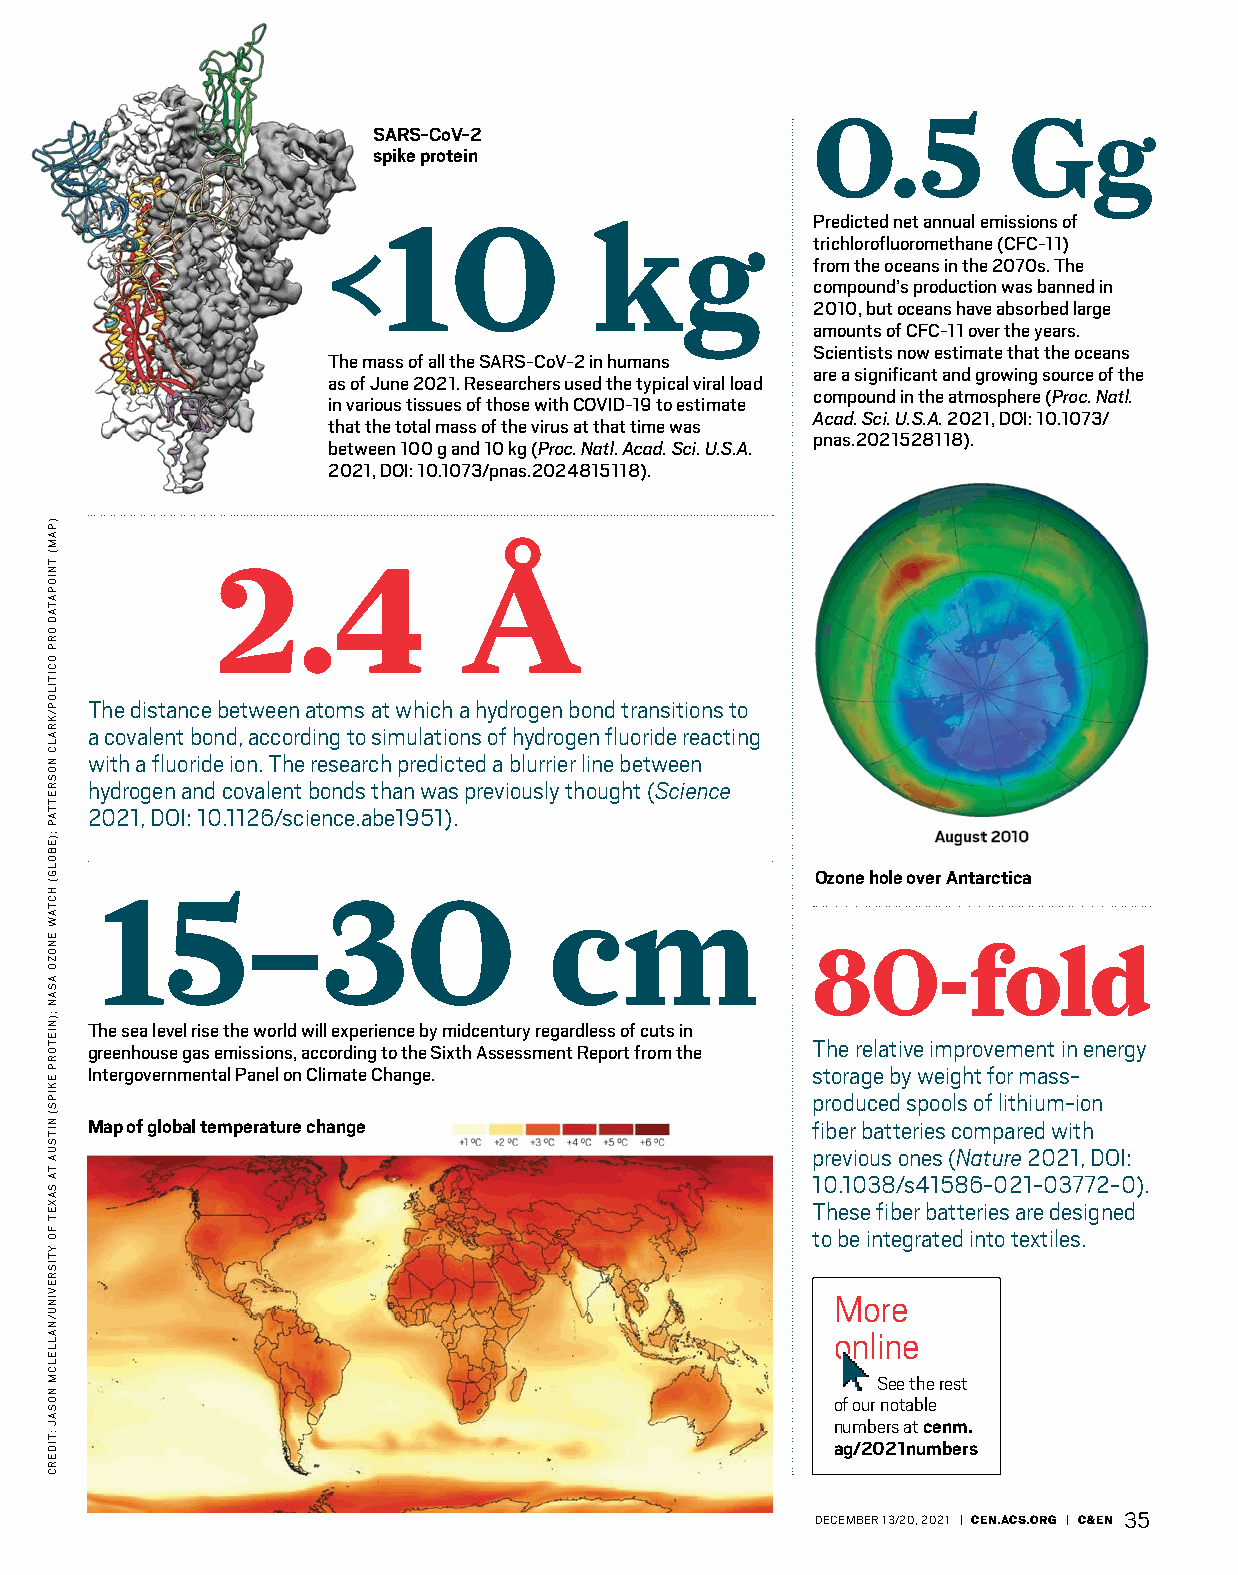
0.5          Gg
 SARS-CoV-2
 spike protein
 <10              kg             Predicted net annual emissions of
 trichlorofluoromethane (CFC-11)
 from the oceans in the 2070s. The
 compound’s production was banned in
 2010, but oceans have absorbed large
 amounts of CFC-11 over the years.
 Scientists now estimate that the oceans
 The mass of all the SARS-CoV-2 in humans
 are a significant and growing source of the
 as of June 2021. Researchers used the typical viral load
 compound in the atmosphere (Proc. Natl.
 in various tissues of those with COVID-19 to estimate
 Acad. Sci. U.S.A. 2021, DOI: 10.1073/
 that the total mass of the virus at that time was
 pnas.2021528118).
 between 100 g and 10 kg (Proc. Natl. Acad. Sci. U.S.A.
 2021, DOI: 10.1073/pnas.2024815118).
 2.4             Å
 The distance between atoms at which a hydrogen bond transitions to
 a covalent bond, according to simulations of hydrogen fluoride reacting
 with a fluoride ion. The research predicted a blurrier line between
 hydrogen and covalent bonds than was previously thought (Science
 2021, DOI: 10.1126/science.abe1951).
 Ozone hole over Antarctica
 15–30                        cm
 80-fold
 The sea level rise the world will experience by midcentury regardless of cuts in
 The relative improvement in energy
 greenhouse gas emissions, according to the Sixth Assessment Report from the
 Intergovernmental Panel on Climate Change.      storage by weight for mass-
 produced spools of lithium-ion
 Map of global temperature change                fiber batteries compared with
 previous ones (Nature 2021, DOI:
 10.1038/s41586-021-03772-0).
 These fiber batteries are designed
 to be integrated into textiles.
 More
 online
 See the rest
 of our notable
 numbers at cenm.
 ag/2021numbers
 DECEMBER 13/20, 2021 | CEN.ACS.ORG | C&EN 35
 )PAM(
 TNIOPATAD
 ORP
 OCITILOP/KRALC
 NOSRETTAP
 ;)EBOLG(
 HCTAW
 ENOZO
 ASAN
 ;)NIETORP
 EKIPS(
 NITSUA
 TA
 SAXET
 FO
 YTISREVINU/NALLELCM
 NOSAJ
 :TIDERC